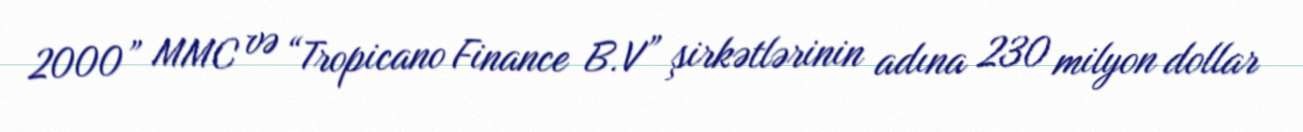
2000” MMC və “Tropicano Finance B.V” şirkətlərinin adına 230 milyon dollar